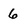
Character: 6